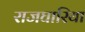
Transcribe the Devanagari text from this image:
राजघारिया